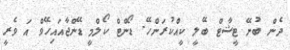
ދެން ބުނޭ ޓީޝާޓް ބޭލީ ކީއްކުރަންހޭ. ޑޯންޓް ކޯލްމީ ޑޭންޖާއައިހޭވް އަ ވެރީ